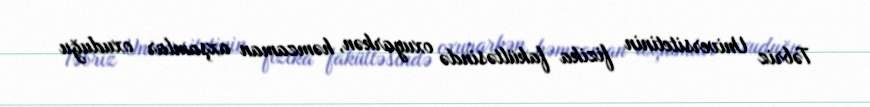
Təbriz Universitetinin fizika fakültəsində oxuyarkən, həmzaman axşamlar oxuduğu